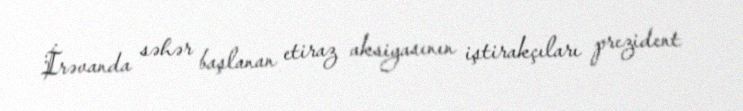
İrəvanda səhər başlanan etiraz aksiyasının iştirakçıları prezident